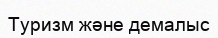
Туризм және демалыс